Report on vaccination in Madras 1877-1894 - 1877-1894
Year: 1877
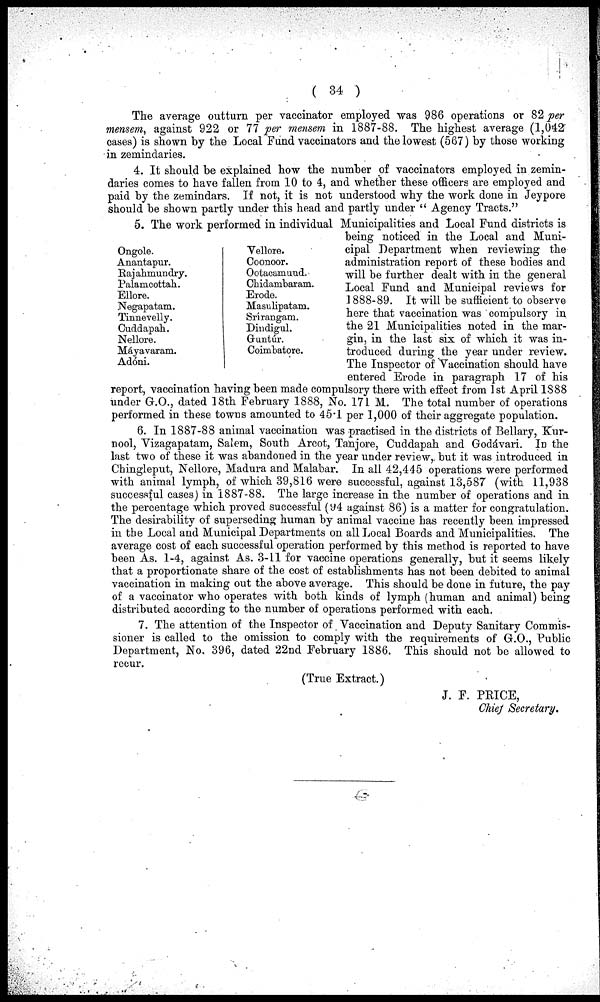
( 34 )
The average outturn per vaccinator employed was 986 operations or 82 per
mensem, against 922 or 77 per mensem in 1887-88. The highest average (1,042
cases) is shown by the Local Fund vaccinators and the lowest (567) by those working
in zemindaries.
4. It should be explained how the number of vaccinators employed in zemin-
daries comes to have fallen from 10 to 4, and whether these officers are employed and
paid by the zemindars. If not, it is not understood why the work done in Jeypore
should be shown partly under this head and partly under " Agency Tracts."
Ongole.
Anantapur.
Rajahmundry.
Palamoottah.
Ellore.
Negapatam.
Tinnevelly.
Cuddapah.
Nellore.
Mayavaram.
Adóni.
Vellore.
Coonoor.
Ootacamimd.
Chidambaram.
Erode.
Masulipatam.
Srírangam.
Dindigul.
Guntúr.
Coimbatore.
5. The work performed in individual Municipalities and Local Fund districts is
being noticed in the Local and Muni-
cipal Department when reviewing the
administration report of these bodies and
will be further dealt with in the general
Local Fund and Municipal reviews for
1888-89. It will be sufficient to observe
here that vaccination was compulsory in
the 21 Municipalities noted in the mar-
gin, in the last six of which it was in-
troduced during the year under review.
The Inspector of Vaccination should have
entered Erode in paragraph 17 of his
report, vaccination having been made compulsory there with effect from 1st April 1888
under G.O., dated 18th February 1888, No. 171 M. The total number of operations
performed in these towns amounted to 45.1 per 1,000 of their aggregate population.
6. In 1887-88 animal vaccination was practised in the districts of Bellary, Kur-
nool, Vizagapatam, Salem, South Arcot, Tanjore, Cuddapah and Godávari. In the
last two of these it was abandoned in the year under review, but it was introduced in
Chingleput, Nellore, Madura and Malabar. In all 42,445 operations were performed
with animal lymph, of which 39,816 were successful, against 13,587 (with 11,938
successful cases) in 1887-88. The large increase in the number of operations and in
the percentage which proved successful (94 against 86) is a matter for congratulation.
The desirability of superseding human by animal vaccine has recently been impressed
in the Local and Municipal Departments on all Local Boards and Municipalities. The
average cost of each successful operation performed by this method is reported to have
been As. 1-4, against As. 3-11 for vaccine operations generally, but it seems likely
that a proportionate share of the cost of establishments has not been debited to animal
vaccination in making out the above average. This should be done in future, the pay
of a vaccinator who operates with both kinds of lymph (human and animal) being
distributed according to the number of operations performed with each.
7. The attention of the Inspector of Vaccination and Deputy Sanitary Commis-
sioner is called to the omission to comply with the requirements of G.O., Public
Department, No. 396, dated 22nd February 1886. This should not be allowed to
recur.
(True Extract.)
J. F. PRICE,
Chief Secretary.